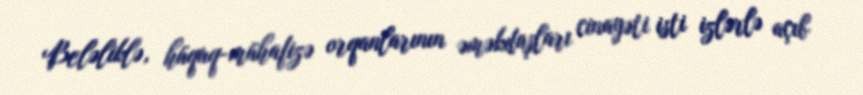
Beləliklə, hüquq-mühafizə orqanlarının əməkdaşları cinayəti isti izlərlə açıb